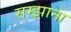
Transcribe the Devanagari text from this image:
सम्झाना